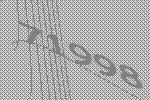
71998